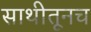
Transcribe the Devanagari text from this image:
साथीतूनच